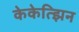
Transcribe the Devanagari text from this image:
केकेत्झिन